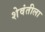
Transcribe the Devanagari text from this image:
शेवंतीला